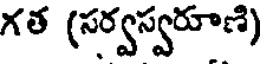
గత (సర్వస్వరూణి)